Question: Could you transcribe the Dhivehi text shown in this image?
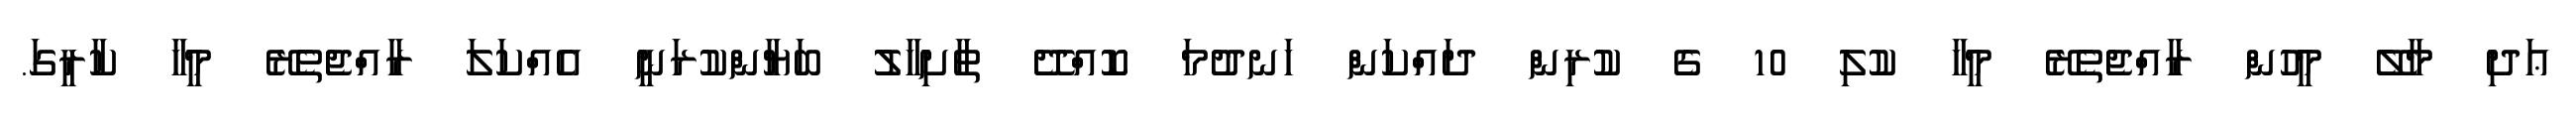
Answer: ޢަދި މާލޭ މީހުން ރާއްޖެތެރޭ މީހާ ކުލި 10 ގެ ކުރިން ދައްކަން ހަނދުމަ ކޮއްދޭ ތާށިހާލު ބަޔާންކުރަނީ އެއްކަލަ ރާއްޖެތެރޭ މީހާ ކާރީގަ.